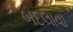
બદલાવા